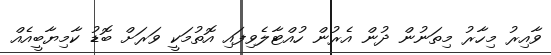
ވާއިރު މިހާރު މިތަނުން ދުން އެރުން ހުއްޓާލެވިފައި އޮތުމަކީ ވަރަށް ބޮޑު ކާމިޔާބީއެއް